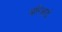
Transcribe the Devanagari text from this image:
बरिआई